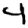
Digit: 4